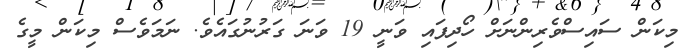
މިކަން ސައިސްވެރިންނަށް ހޯދިފައި ވަނީ 19 ވަނަ ގަރުނުގައެވެ. ނަމަވެސް މިކަން މީގެ